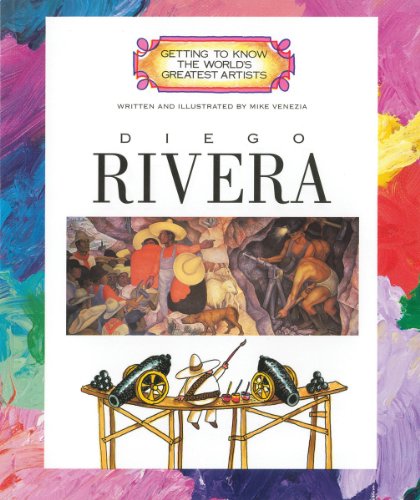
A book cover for Diego Rivera (Getting to Know the World's Greatest Artists); Mike Venezia; Children's Books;